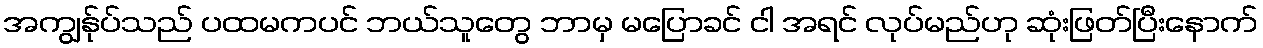
အကျွန်ုပ်သည် ပထမကပင် ဘယ်သူတွေ ဘာမှ မပြောခင် ငါ အရင် လုပ်မည်ဟု ဆုံးဖြတ်ပြီးနောက်